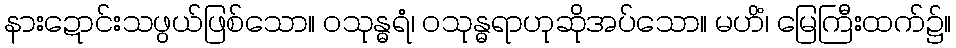
နားဍောင်းသဖွယ်ဖြစ်သော။ ဝသုန္ဓရံ၊ ဝသုန္ဓရာဟုဆိုအပ်သော။ မဟိံ၊ မြေကြီးထက်၌။